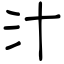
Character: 汁